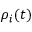
\rho _ { i } ( t )